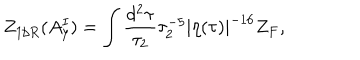
Z _ { 1 / R } ( A _ { y } ^ { I } ) = \int \frac { d ^ { 2 } \tau } { \tau _ { 2 } } \tau _ { 2 } ^ { - 5 } | \eta ( \tau ) | ^ { - 1 6 } Z _ { F } ,